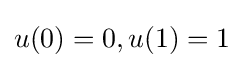
u(0)=0,u(1)=1